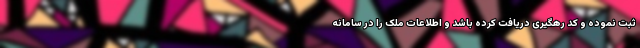
ثبت نموده و کد رهگیری دریافت کرده باشد و اطلاعات ملک را در سامانه